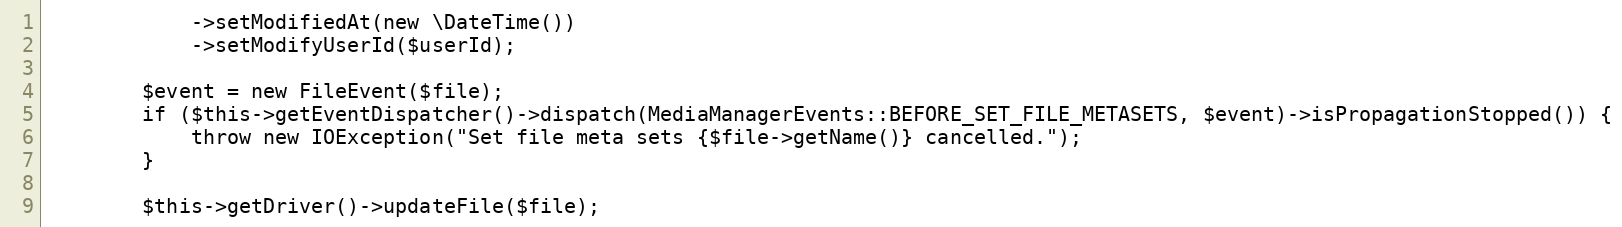
Language: PHP
            ->setModifiedAt(new \DateTime())
            ->setModifyUserId($userId);

        $event = new FileEvent($file);
        if ($this->getEventDispatcher()->dispatch(MediaManagerEvents::BEFORE_SET_FILE_METASETS, $event)->isPropagationStopped()) {
            throw new IOException("Set file meta sets {$file->getName()} cancelled.");
        }

        $this->getDriver()->updateFile($file);